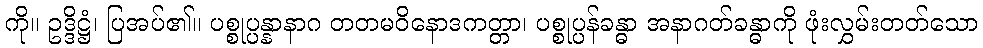
ကို။ ဥဒ္ဒိဋ္ဌံ၊ ပြအပ်၏။ ပစ္စုပ္ပန္နာနာဂ တတမဝိနောဒကတ္တာ၊ ပစ္စုပ္ပန်ခန္ဓာ အနာဂတ်ခန္ဓာကို ဖုံးလွှမ်းတတ်သော